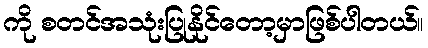
ကို စတင်အသုံးပြုနိုင်တော့မှာဖြစ်ပါတယ်။